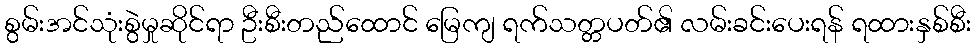
စွမ်းအင်သုံးစွဲမှုဆိုင်ရာ ဦးစီးတည်ထောင် မြေကျ ရက်သတ္တပတ်၏ လမ်းခင်းပေးရန် ရထားနှစ်စီး